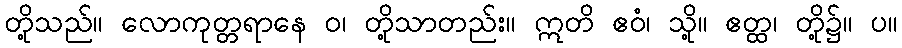
တို့သည်။ လောကုတ္တရာနေ ဝ၊ တို့သာတည်း။ ဣတိ ဧဝံ၊ သို့။ ဧတ္ထ၊ တို့၌။ ပ။